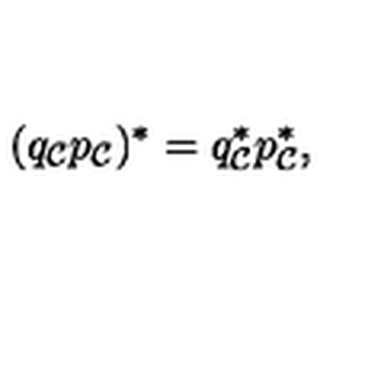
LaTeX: ( q _ { \cal C } p _ { \cal C } ) ^ { * } = q _ { \cal C } ^ { * } p _ { \cal C } ^ { * } ,